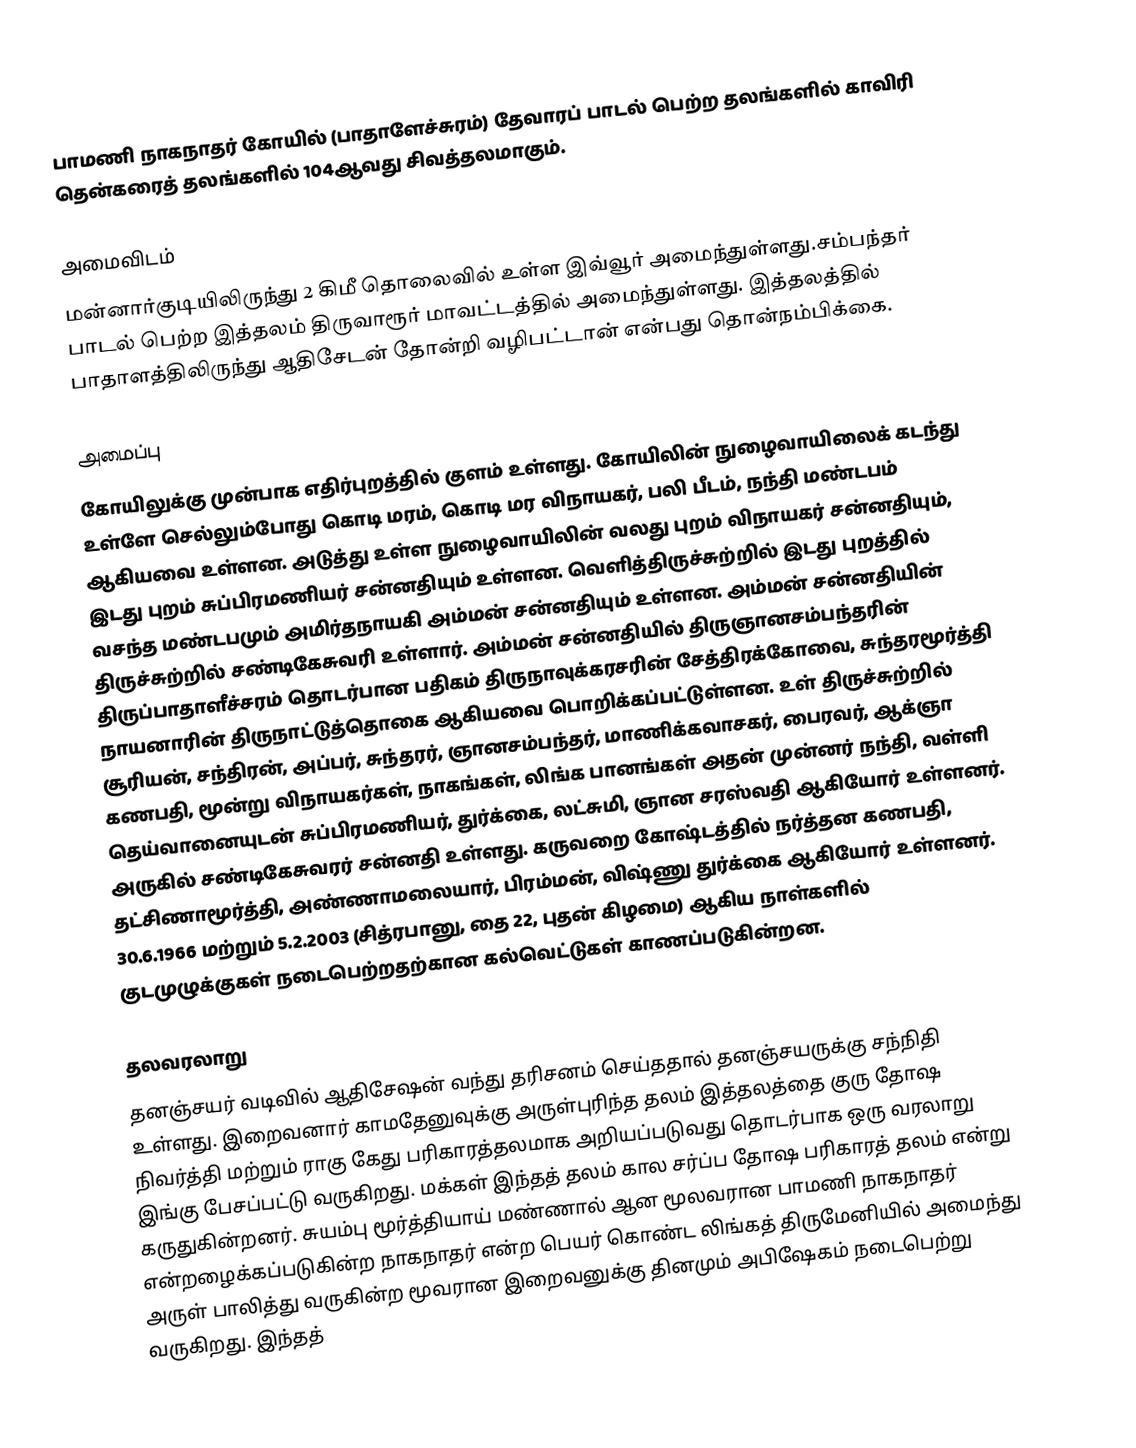
பாமணி நாகநாதர் கோயில் (பாதாளேச்சுரம்) தேவாரப் பாடல் பெற்ற தலங்களில் காவிரி தென்கரைத் தலங்களில் 104ஆவது சிவத்தலமாகும்.

அமைவிடம்
மன்னார்குடியிலிருந்து 2 கிமீ தொலைவில் உள்ள இவ்வூர் அமைந்துள்ளது.சம்பந்தர் பாடல் பெற்ற இத்தலம் திருவாரூர் மாவட்டத்தில் அமைந்துள்ளது. இத்தலத்தில் பாதாளத்திலிருந்து ஆதிசேடன் தோன்றி வழிபட்டான் என்பது தொன்நம்பிக்கை.

அமைப்பு
கோயிலுக்கு முன்பாக எதிர்புறத்தில் குளம் உள்ளது. கோயிலின் நுழைவாயிலைக் கடந்து உள்ளே செல்லும்போது கொடி மரம், கொடி மர விநாயகர், பலி பீடம், நந்தி மண்டபம் ஆகியவை உள்ளன. அடுத்து உள்ள நுழைவாயிலின் வலது புறம் விநாயகர் சன்னதியும், இடது புறம் சுப்பிரமணியர் சன்னதியும் உள்ளன. வெளித்திருச்சுற்றில் இடது புறத்தில் வசந்த மண்டபமும் அமிர்தநாயகி அம்மன் சன்னதியும் உள்ளன. அம்மன் சன்னதியின் திருச்சுற்றில் சண்டிகேசுவரி உள்ளார். அம்மன் சன்னதியில் திருஞானசம்பந்தரின் திருப்பாதாளீச்சரம் தொடர்பான பதிகம் திருநாவுக்கரசரின் சேத்திரக்கோவை, சுந்தரமூர்த்தி நாயனாரின் திருநாட்டுத்தொகை ஆகியவை பொறிக்கப்பட்டுள்ளன. உள் திருச்சுற்றில் சூரியன், சந்திரன், அப்பர், சுந்தரர், ஞானசம்பந்தர், மாணிக்கவாசகர், பைரவர், ஆக்ஞா கணபதி, மூன்று விநாயகர்கள், நாகங்கள், லிங்க பானங்கள் அதன் முன்னர் நந்தி, வள்ளி தெய்வானையுடன் சுப்பிரமணியர், துர்க்கை, லட்சுமி, ஞான சரஸ்வதி ஆகியோர் உள்ளனர். அருகில் சண்டிகேசுவரர் சன்னதி உள்ளது. கருவறை கோஷ்டத்தில் நர்த்தன கணபதி, தட்சிணாமூர்த்தி, அண்ணாமலையார், பிரம்மன், விஷ்ணு துர்க்கை ஆகியோர் உள்ளனர். 30.6.1966 மற்றும் 5.2.2003 (சித்ரபானு, தை 22, புதன் கிழமை) ஆகிய நாள்களில் குடமுழுக்குகள் நடைபெற்றதற்கான கல்வெட்டுகள் காணப்படுகின்றன.

தலவரலாறு
தனஞ்சயர் வடிவில் ஆதிசேஷன் வந்து தரிசனம் செய்ததால் தனஞ்சயருக்கு சந்நிதி உள்ளது. இறைவனார் காமதேனுவுக்கு அருள்புரிந்த தலம் இத்தலத்தை குரு தோஷ நிவர்த்தி மற்றும் ராகு கேது பரிகாரத்தலமாக அறியப்படுவது தொடர்பாக ஒரு வரலாறு இங்கு பேசப்பட்டு வருகிறது. மக்கள் இந்தத் தலம் கால சர்ப்ப தோஷ பரிகாரத் தலம் என்று கருதுகின்றனர். சுயம்பு மூர்த்தியாய் மண்ணால் ஆன மூலவரான பாமணி நாகநாதர் என்றழைக்கப்படுகின்ற நாகநாதர் என்ற பெயர் கொண்ட லிங்கத் திருமேனியில் அமைந்து  அருள் பாலித்து வருகின்ற மூவரான இறைவனுக்கு தினமும் அபிஷேகம் நடைபெற்று வருகிறது.  இந்தத்